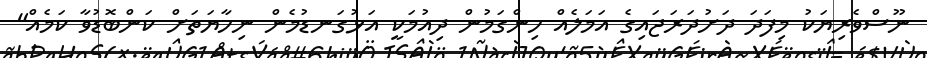
ނޫސްވެރިޔަކު މިފަދަ ދަށުދަރަޖައިގެ އަމަލެއް ހިންގަމުން ދިއުމަކީ އަޅުގަނޑުމެން ނިހާޔަތަށް ކަންބޮޑުވާ ކަމެއް"